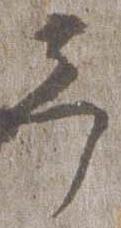
予